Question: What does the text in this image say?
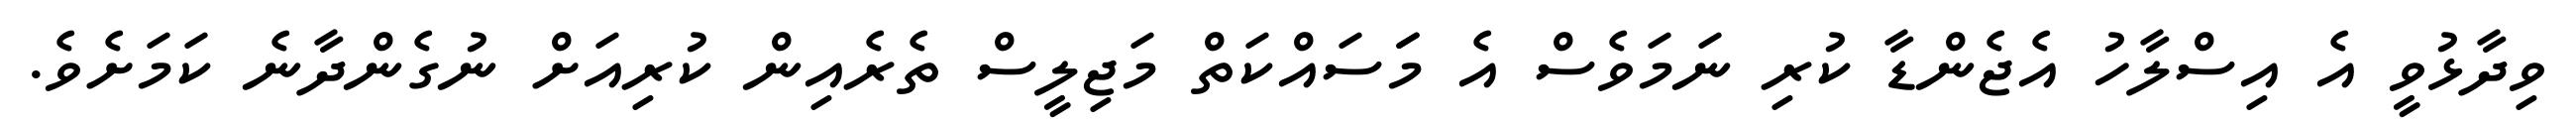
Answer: ވިދާޅުވީ އެ އިސްލާހު އެޖެންޑާ ކުރި ނަމަވެސް އެ މަަސައްކަތް މަޖިލީސް ތެރެއިން ކުރިއަށް ނުގެންދާނެ ކަމަށެވެ.